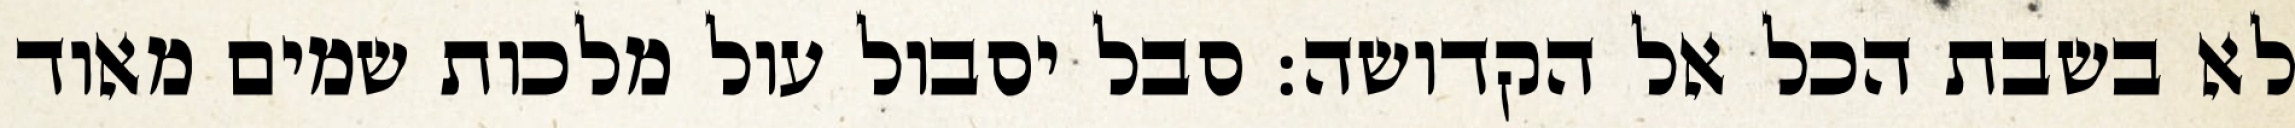
לא בשבת הכל אל הקדושה: סבל יסבול עול מלכות שמים מאוד